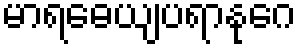
မာရဓေယျပရာနုဂေ